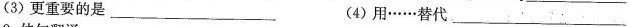
(3)更重要的是___ (4)用……替代___